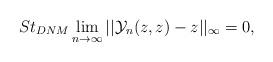
LaTeX: \begin{align*} St_{DNM}\lim_{n\rightarrow \infty}||\mathcal{Y}_{n}(z,z)-z||_{\infty}=0, \end{align*}